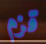
قزم